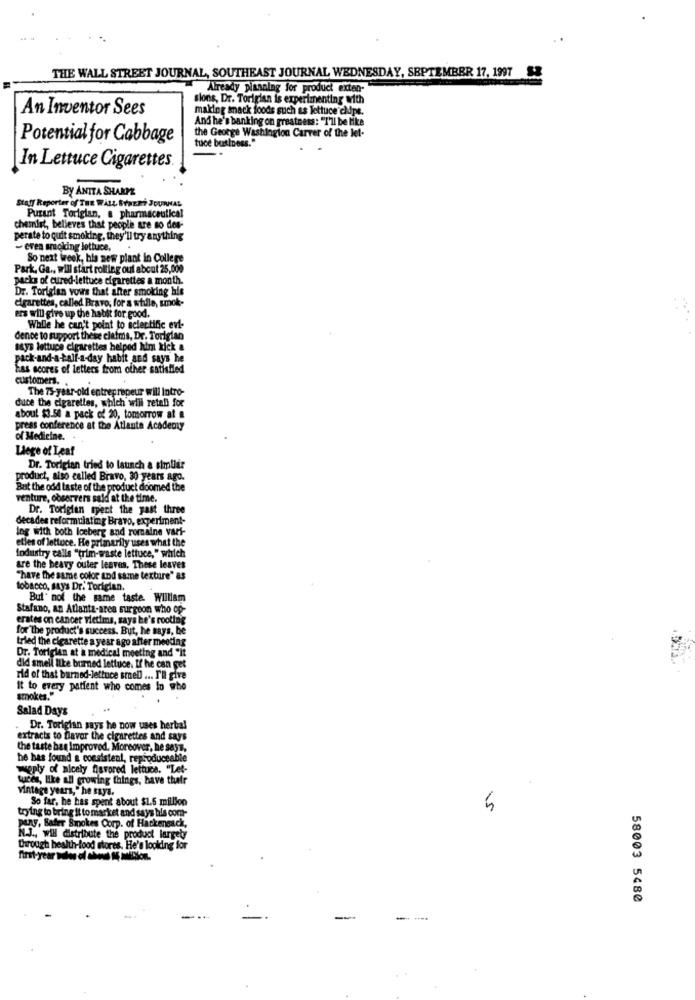
THE WALL STREET JOURNAL, SOUTHEAST JOURNAL WEDNESDAY, SEPTEMBER 17, 1997 $8
Already pianning for product exten-
sions, Dr. Torigian is experimenting with
An Inventor Sees
making snack foods such as lettuce clips.
And he's banking on greatness: "I'll be like
Potential for Cabbage
the George Washington Carver of the let-
tuce business."
In Lettuce Cigarettes
BY ANITA SHARPE
Staff Reporter of THE WALL STREET JOURNAL
Purant Torigian, a pharmaceutical
chemist, believes that people are so des-
perate to quit smoking, they'll try anything
- even sucking lettuce. .
So next Week, his new plant in College
Park, Ga ., will start rolling out about 25,000
packs of cured-lettuce cigarettes a month.
Dr. Torigian vows that after smoking his
cigarettes, called Bravo, for a stille, smok-
ers will give up the habit for good.
While he can't point to scientific evi-
dence to support these claims, Dr. Torigian
says lettuce cigarettes helped him kick &
pack-and-a-tall-a-day habit and says he
Las scores of letters from other satisfied
customers.
The 75-year-old entrep rapeur will Intro-
duce the cigarettes, which will retali for
about $3.50 a pack of 20, tomorrow at a
press conference at the Atlanta Academy
of Medicine.
Liege of Leaf
Dr. Torigian tried to launch a similar
product, also called Bravo, 30 years ago.
But the odd taste of the product doomed the
venture, observers said at the time.
Dr. Toriglen spent the past three
decades reformulatig Bravo, experiment-
Ing with both Iceberg and romaine vari-
etles of lettuce. He primarily uses what the
Industry calls "trim-waste lettuce," which
are the heavy outer leaves, These leaves
"have the same color and same texture" as
tobacco, says Dr. Toriglan.
But not the same taste. William
Stafano, an Atlanta-ares surgeon who op-
erates on cancer vietims, says he's rooting
for the product's success. But, he says, he
tried the cigarette a year ago after meeting
Dr. Toriglan at a medical meeting and "it
did smell like burned lettuce. If he can get
rid of that burned-lettuce srnel ... I'll give
it to every patient who comes lo who
smokes."
Salad Days
Dr. Torigian says he now uses herbal
extracts to flavor the cigarettes and says
the taste has Improved. Moreover, he says,
he has found a consistent, reproduceable
weply of nicely Aisvored lettuce. "Let-
tuces, like all growing things, have thatr
vintage years, " he says.
So far, he has spent about $1.5 million
5
trying to bring it to market and says his com-
peny, Bater Smokes Corp. of Hackensack,
N.J ., will distribute the product largely
through health-food stores. He's looking for
58003 5480